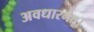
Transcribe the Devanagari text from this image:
अवधारमेत्।